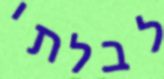
לבלתי